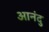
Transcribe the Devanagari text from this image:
आनंदु